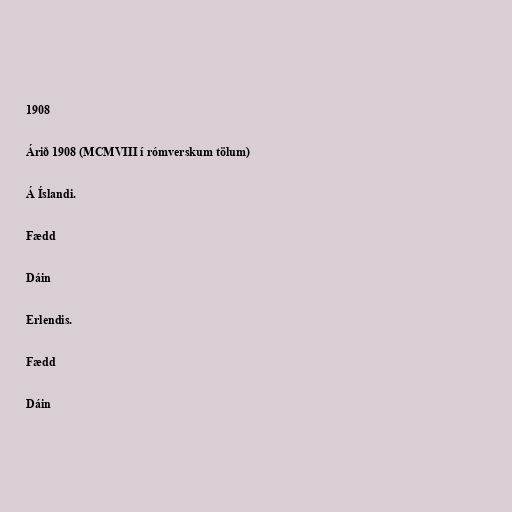
1908

Árið 1908 (MCMVIII í rómverskum tölum)

Á Íslandi.

Fædd

Dáin

Erlendis.

Fædd

Dáin